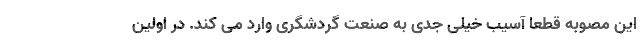
این مصوبه قطعا آسیب خیلی جدی به صنعت گردشگری وارد می کند. در اولین